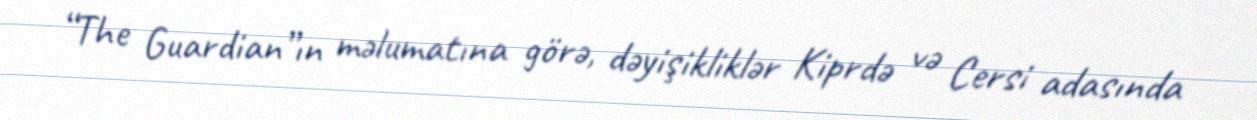
“The Guardian”ın məlumatına görə, dəyişikliklər Kiprdə və Cersi adasında